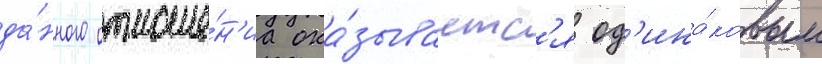
да́нного отноше́н'иа ока́зываетс'я од'ина́ковым